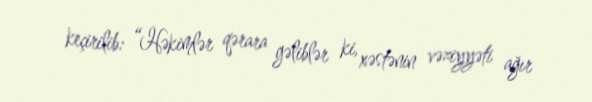
keçirilib: “Həkimlər qərara gəliblər ki, xəstənin vəziyyəti ağır